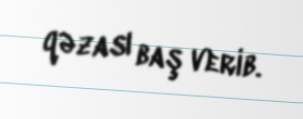
qəzası baş verib.